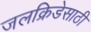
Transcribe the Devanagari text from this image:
जलक्रिडेसाठी